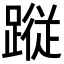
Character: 𮜀